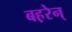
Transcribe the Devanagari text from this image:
बह़रेन्